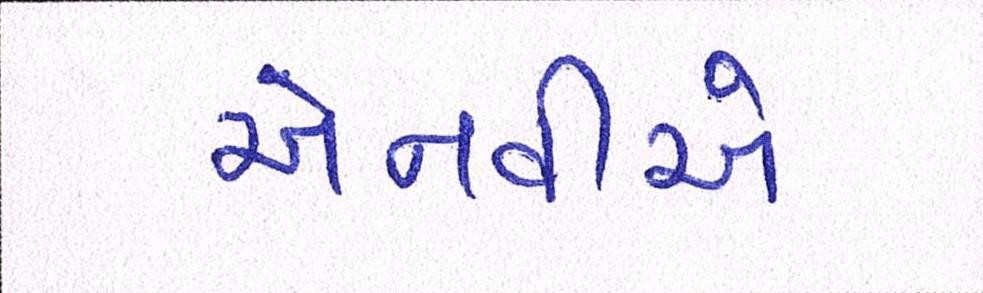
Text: એનવીએ